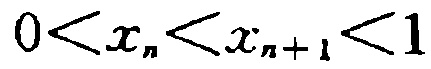
\(0<x_n<x_{n + 1}<1\)